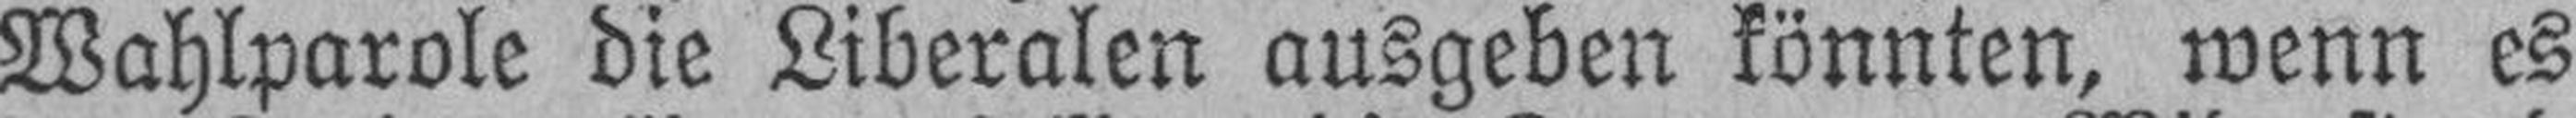
Wahlparole die Liberalen ausgeben könnten, wenn es